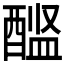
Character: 𨡼